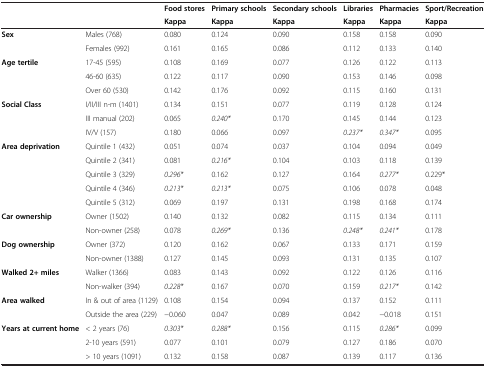
<table><thead><tr><td colspan="2"><b> </b></td><td><b>Food stores</b></td><td><b>Primary schools</b></td><td><b>Secondary schools</b></td><td><b>Libraries</b></td><td><b>Pharmacies</b></td><td><b>Sport/Recreation</b></td></tr><tr><td><b> </b></td><td><b> </b></td><td><b>Kappa</b></td><td><b>Kappa</b></td><td><b>Kappa</b></td><td><b>Kappa</b></td><td><b>Kappa</b></td><td><b>Kappa</b></td></tr></thead><tbody><tr><td rowspan="2"><b>Sex</b></td><td>Males (768)</td><td>0.080</td><td>0.124</td><td>0.090</td><td>0.158</td><td>0.158</td><td>0.090</td></tr><tr><td>Females (992)</td><td>0.161</td><td>0.165</td><td>0.086</td><td>0.112</td><td>0.133</td><td>0.140</td></tr><tr><td rowspan="3"><b>Age tertile</b></td><td>17-45 (595)</td><td>0.108</td><td>0.169</td><td>0.077</td><td>0.126</td><td>0.122</td><td>0.113</td></tr><tr><td>46-60 (635)</td><td>0.122</td><td>0.117</td><td>0.090</td><td>0.153</td><td>0.146</td><td>0.098</td></tr><tr><td>Over 60 (530)</td><td>0.142</td><td>0.176</td><td>0.092</td><td>0.115</td><td>0.160</td><td>0.131</td></tr><tr><td rowspan="3"><b>Social Class</b></td><td>I/II/III n-m (1401)</td><td>0.134</td><td>0.151</td><td>0.077</td><td>0.119</td><td>0.128</td><td>0.124</td></tr><tr><td>III manual (202)</td><td>0.065</td><td><i>0.240*</i></td><td>0.170</td><td>0.145</td><td>0.144</td><td>0.123</td></tr><tr><td>IV/V (157)</td><td>0.180</td><td>0.066</td><td>0.097</td><td><i>0.237*</i></td><td><i>0.347*</i></td><td>0.095</td></tr><tr><td rowspan="5"><b>Area deprivation</b></td><td>Quintile 1 (432)</td><td>0.051</td><td>0.074</td><td>0.037</td><td>0.104</td><td>0.094</td><td>0.049</td></tr><tr><td>Quintile 2 (341)</td><td>0.081</td><td><i>0.216*</i></td><td>0.104</td><td>0.103</td><td>0.118</td><td>0.139</td></tr><tr><td>Quintile 3 (329)</td><td><i>0.296*</i></td><td>0.162</td><td>0.127</td><td>0.164</td><td><i>0.277*</i></td><td>0.229*</td></tr><tr><td>Quintile 4 (346)</td><td><i>0.213*</i></td><td><i>0.213*</i></td><td>0.075</td><td>0.106</td><td>0.078</td><td>0.048</td></tr><tr><td>Quintile 5 (312)</td><td>0.069</td><td>0.197</td><td>0.131</td><td>0.198</td><td>0.168</td><td>0.174</td></tr><tr><td rowspan="2"><b>Car ownership</b></td><td>Owner (1502)</td><td>0.140</td><td>0.132</td><td>0.082</td><td>0.115</td><td>0.134</td><td>0.111</td></tr><tr><td>Non-owner (258)</td><td>0.078</td><td><i>0.269*</i></td><td>0.136</td><td><i>0.248*</i></td><td><i>0.241*</i></td><td>0.178</td></tr><tr><td rowspan="2"><b>Dog ownership</b></td><td>Owner (372)</td><td>0.120</td><td>0.162</td><td>0.067</td><td>0.133</td><td>0.171</td><td>0.159</td></tr><tr><td>Non-owner (1388)</td><td>0.127</td><td>0.145</td><td>0.093</td><td>0.131</td><td>0.135</td><td>0.107</td></tr><tr><td rowspan="2"><b>Walked 2+ miles</b></td><td>Walker (1366)</td><td>0.083</td><td>0.143</td><td>0.092</td><td>0.122</td><td>0.126</td><td>0.116</td></tr><tr><td>Non-walker (394)</td><td><i>0.228*</i></td><td>0.167</td><td>0.070</td><td>0.159</td><td><i>0.217*</i></td><td>0.142</td></tr><tr><td rowspan="2"><b>Area walked</b></td><td>In &amp; out of area (1129)</td><td>0.108</td><td>0.154</td><td>0.094</td><td>0.137</td><td>0.152</td><td>0.111</td></tr><tr><td>Outside the area (229)</td><td>−0.060</td><td>0.047</td><td>0.089</td><td>0.042</td><td>−0.018</td><td>0.151</td></tr><tr><td><b>Years at current home</b></td><td>&lt; 2 years (76)</td><td><i>0.303*</i></td><td><i>0.288*</i></td><td>0.156</td><td>0.115</td><td><i>0.286*</i></td><td>0.099</td></tr><tr><td> </td><td>2-10 years (591)</td><td>0.077</td><td>0.101</td><td>0.079</td><td>0.127</td><td>0.186</td><td>0.070</td></tr><tr><td> </td><td>&gt; 10 years (1091)</td><td>0.132</td><td>0.158</td><td>0.087</td><td>0.139</td><td>0.117</td><td>0.136</td></tr></tbody></table>